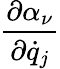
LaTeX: \frac{\partial\alpha_{\nu}}{\partial{\dot{q}}_{j}}